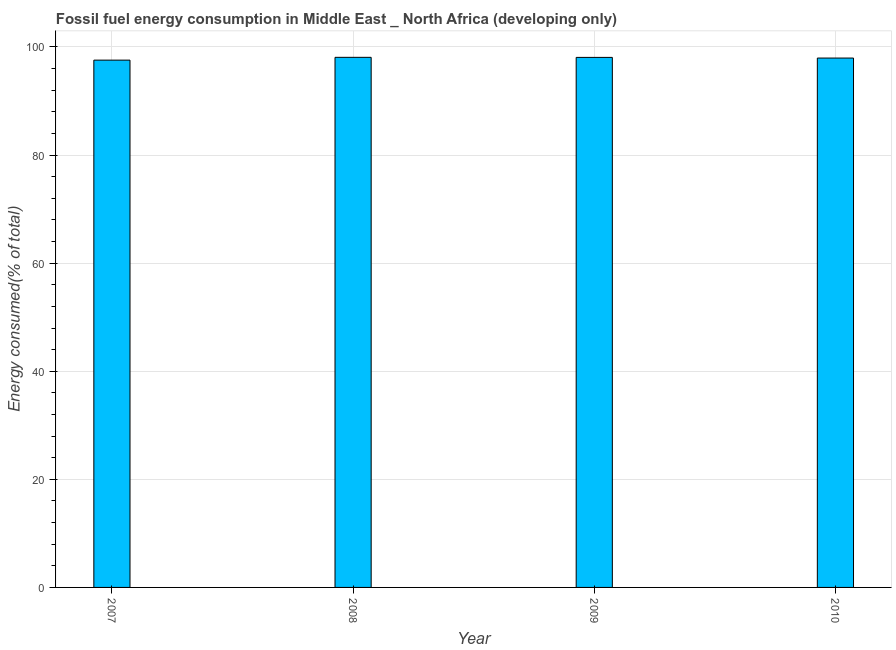
| Year | Fossil fuel energy consumption (% of total) |
 | --- | --- |
 | 2007 | 97.6 |
 | 2008 | 98.1 |
 | 2009 | 98.1 |
 | 2010 | 97.9 |